Civil Veterinary Dept. Bombay admin report 1923-31 - 1923-1931
Year: 1923
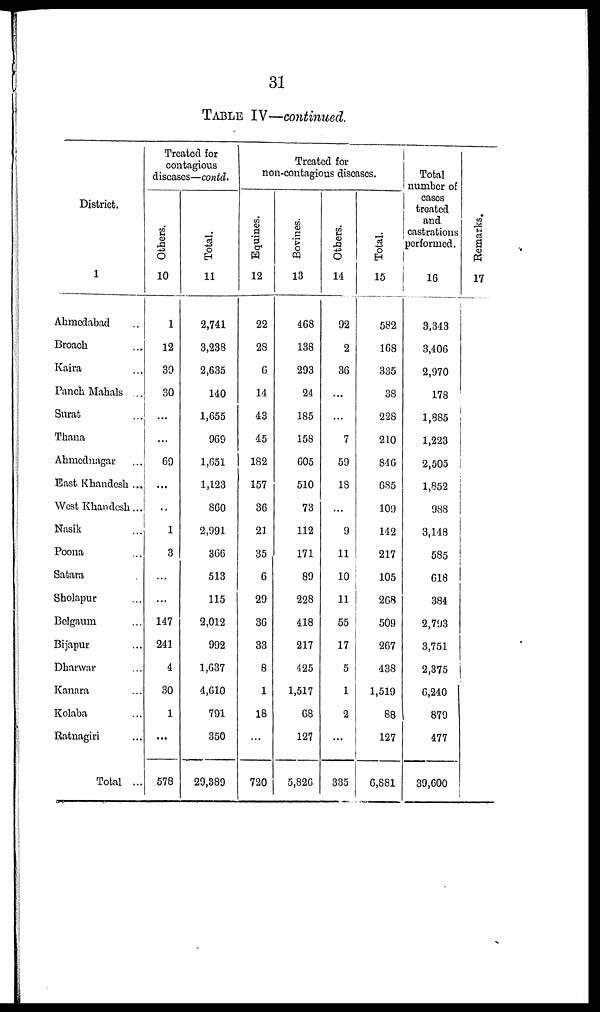
31
TABLE IV—continued.
District.
1
Ahmedabad ..
Broach ...
Kaira ...
Panch Mahals ...
Surat ...
Thana ...
Ahmednagar ...
East Khandesh ...
West Khandesh ...
Nasik ...
Poona .....
Satara .
Sholapur ...
Belgaum ...
Bijapur ...
Dharwar ...
Kanara ...
Kolaba ...
Ratnagiri ...
Total ...
Treated for
contagious
diseases—contd.
Others.
10
1
12
39
30
...
...
69
...
..
1
3
...
...
147
241
4
30
1
...
578
Total.
11
2,741
3,238
2,635
140
1,655
969
1,651
1,123
860
2,991
366
513
115
2,012
992
1,637
4,610
791
350
29,389
Treated for
non-contagious diseases.
Equines.
12
22
28
6
14
43
45
182
157
36
21
35
6
29
36
33
8
1
18
...
720
Bovines.
13
468
138
293
24
185
158
605
510
73
112
171
89
228
418
217
425
1,517
68
127
5,826
Others.
14
92
2
36
...
...
7
59
18
...
9
11
10
11
55
17
5
1
2
...
335
Total.
15
582
168
335
38
228
210
846
685
109
142
217
105
268
509
267
438
1,519
88
127
6,881
Total
number of
cases
treated
and
castrations
performed.
16
3,343
3,406
2,970
178
1,885
1,223
2,505
1,852
988
3,148
585
618
384
2,793
3,751
2,375
6,240
879
477
39,600
Re ma r
ks .
17